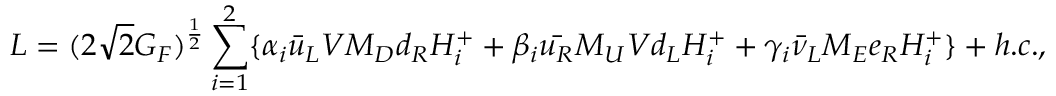
{ \cal L } = ( 2 \sqrt { 2 } G _ { F } ) ^ { \frac { 1 } { 2 } } \sum _ { i = 1 } ^ { 2 } \{ \alpha _ { i } \bar { u } _ { L } V M _ { D } d _ { R } H _ { i } ^ { + } + \beta _ { i } \bar { u _ { R } } M _ { U } V d _ { L } H _ { i } ^ { + } + \gamma _ { i } \bar { \nu } _ { L } M _ { E } e _ { R } H _ { i } ^ { + } \} + h . c . ,